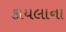
કાયલાના